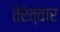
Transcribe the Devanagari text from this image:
तेरेत्वार